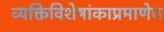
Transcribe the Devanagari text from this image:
व्यक्तिविशेषांकाप्रमाणेच